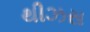
થીઝસ